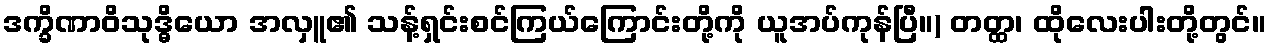
ဒက္ခိဏာဝိသုဒ္ဓိယော အလှူ၏ သန့်ရှင်းစင်ကြယ်ကြောင်းတို့ကို ယူအပ်ကုန်ပြီ။) တတ္ထ၊ ထိုလေးပါးတို့တွင်။